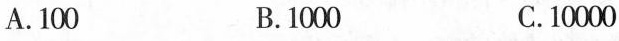
。A.100 B.1000 C.10000